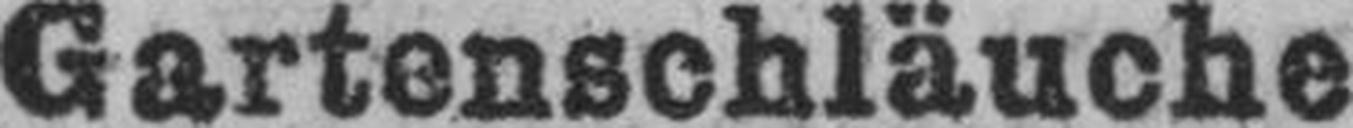
Gartenschläuche